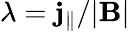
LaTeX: \lambda=\mathbf{j}_{\parallel}/|\mathbf{B}|